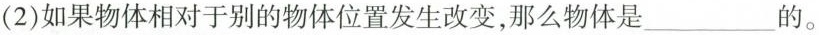
(2)如果物体相对于别的物体位置发生改变，那么物体是___的。